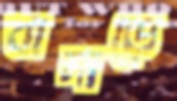
বাদাড়ে